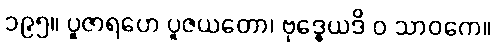
၁၉၅။ ပူဇာရဟေ ပူဇယတော၊ ဗုဒ္ဓေယဒိ ဝ သာဝကေ။